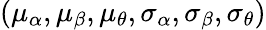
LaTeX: (\mu_{\alpha},\mu_{\beta},\mu_{\theta},\sigma_{\alpha},\sigma_{\beta},\sigma_{\theta})